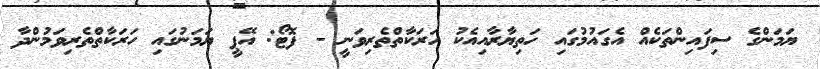
ޔަމަންގެ ސިފައިންތަކެއް އެގައުމުގައި ހަތިޔާރާއިއެކު ހަރަކާތްތެރިވަނީ - ފޮޓޯ: އޭޕީ ޔަމަނުގައި ހަރަކާތްތެރިވަމުންދާ